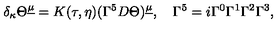
\delta _ { \kappa } \Theta ^ { \underline { \mu } } = K ( \tau , \eta ) ( \Gamma ^ { 5 } D \Theta ) ^ { \underline { \mu } } , \quad \Gamma ^ { 5 } = i \Gamma ^ { 0 } \Gamma ^ { 1 } \Gamma ^ { 2 } \Gamma ^ { 3 } ,